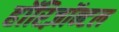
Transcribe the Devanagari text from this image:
हॉरिज़ॉन्टल